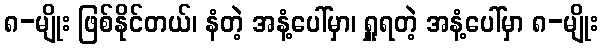
၈-မျိုး ဖြစ်နိုင်တယ်၊ နံတဲ့ အနံ့ပေါ်မှာ၊ ရှူရတဲ့ အနံ့ပေါ်မှာ ၈-မျိုး